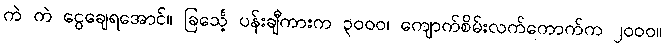
ကဲ ကဲ ငွေချေရအောင်။ ခြင်္သေ့ ပန်းချီကားက ၃၀၀၀၊ ကျောက်စိမ်းလက်ကောက်က ၂၀၀၀။